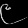
Digit: ၉